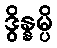
ဒွိန္နမ္ပိ